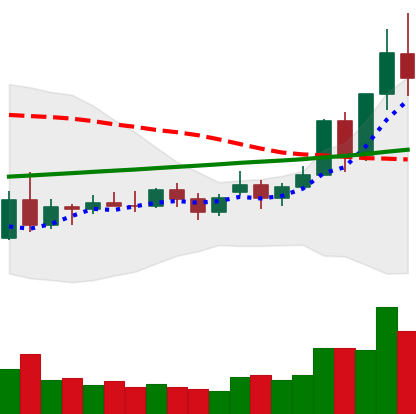
Ticker: NEO-USD
Chart end date: 2020-11-25
Forward return: -5.612%
Label: down_5_7